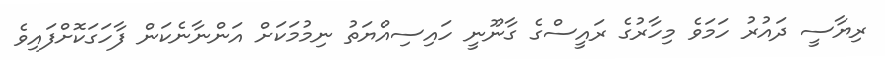
ރިޔާސީ ދައުރު ހަމަވެ މިހާރުގެ ރައީސްގެ ގާނޫނީ ހައިސިއްޔަތު ނިމުމަކަށް އަންނާނެކަން ފާހަގަކޮށްފައިވެ